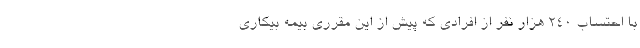
با احتساب ۲۴۰ هزار نفر از افرادی که پیش از این مقرری بیمه بیکاری